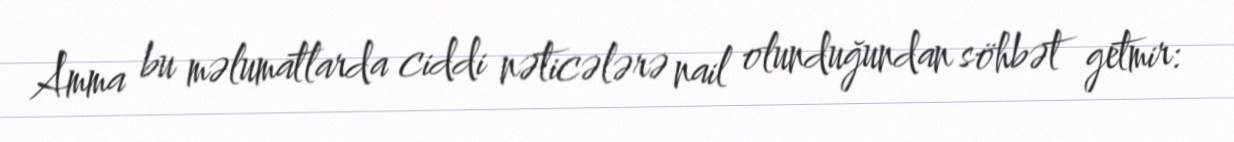
Amma bu məlumatlarda ciddi nəticələrə nail olunduğundan söhbət getmir: